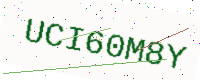
Text: UCI60M8Y